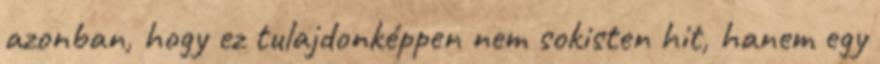
azonban, hogy ez tulajdonképpen nem sokisten hit, hanem egy